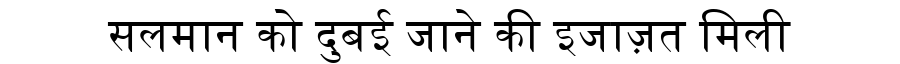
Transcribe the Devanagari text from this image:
सलमान को दुबई जाने की इजाज़त मिली